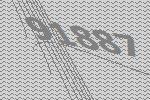
91887